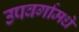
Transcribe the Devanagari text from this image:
उपवर्गामधे